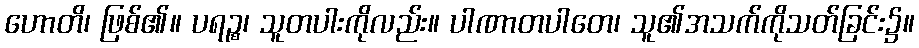
ဟောတိ၊ ဖြစ်၏။ ပရဉ္စ၊ သူတပါးကိုလည်း။ ပါဏာတပါတေ၊ သူ၏အသက်ကိုသတ်ခြင်း၌။